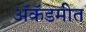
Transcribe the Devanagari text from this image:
ॲकॅडमीत